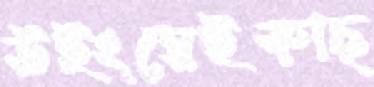
উইংয়েইকাছ